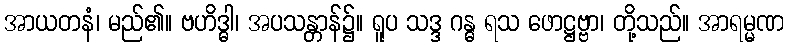
အာယတနံ၊ မည်၏။ ဗဟိဒ္ဓါ၊ အပသန္တာန်၌။ ရူပ သဒ္ဒ ဂန္ဓ ရသ ဖောဋ္ဌဗ္ဗာ၊ တို့သည်။ အာရမ္မဏ